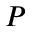
P